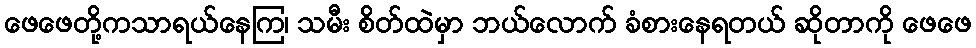
ဖေဖေတို့ကသာရယ်နေကြ၊ သမီး စိတ်ထဲမှာ ဘယ်လောက် ခံစားနေရတယ် ဆိုတာကို ဖေဖေ